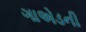
ગાએડની